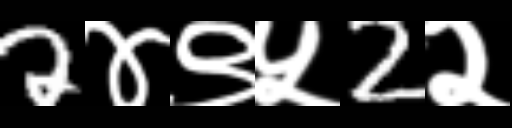
Text: 2४९५2२